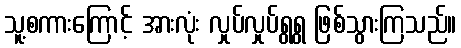
သူ့စကားကြောင့် အားလုံး လှုပ်လှုပ်ရွရွ ဖြစ်သွားကြသည်။